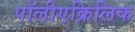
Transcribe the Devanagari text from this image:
पॉलीएक्रिलिक